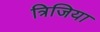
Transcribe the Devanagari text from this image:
त्रिजिया